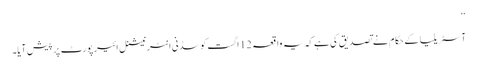
‘‘
آسٹریلیا کے حکام نے تصدیق کی ہے کہ یہ واقعہ 12 اگست کو سڈنی انٹرنیشنل ائیرپورٹ پر پیش آیا۔